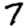
Digit: 7